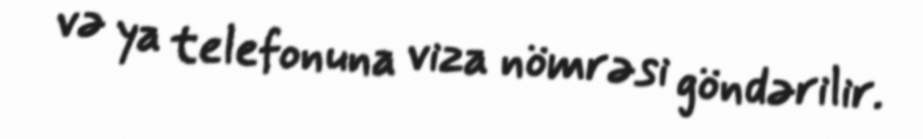
və ya telefonuna viza nömrəsi göndərilir.